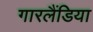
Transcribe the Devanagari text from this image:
गारलैंडिया